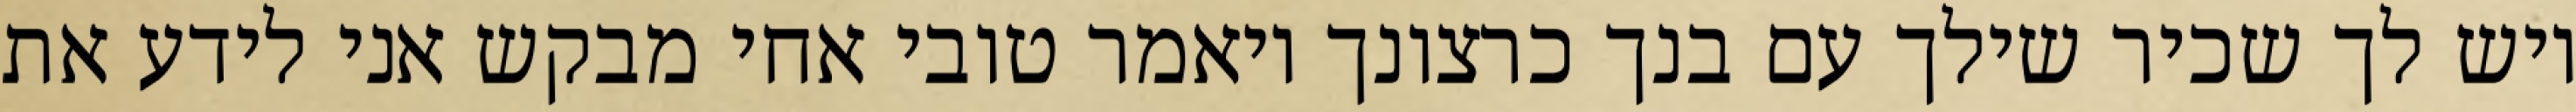
ויש לך שכיר שילך עם בנך כרצונך ויאמר טובי אחי מבקש אני לידע את